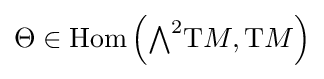
\Theta \in {\text{Hom}}\left({\textstyle \bigwedge }^{2}{\rm {T}}M,{\rm {T}}M\right)